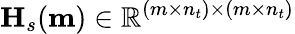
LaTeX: \mathbf{H}_{s}(\mathbf{m})\in\mathbb{R}^{(m\times n_{t})\times(m\times n_{t})}